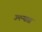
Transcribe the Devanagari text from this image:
उमन्यास